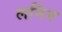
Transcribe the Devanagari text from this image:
लर्निन